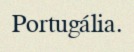
Portugália.